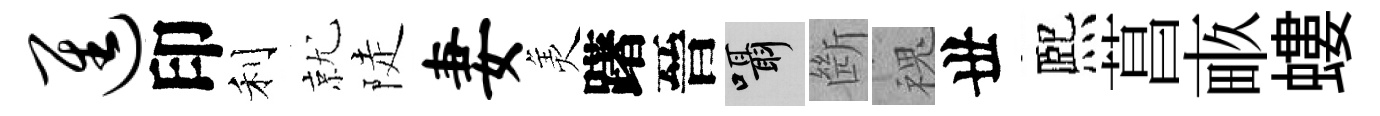
进印利就陡妻羙躇晉囁㫁槐丗熈菖畞螻